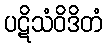
ပဋိသံဝိဒိတံ